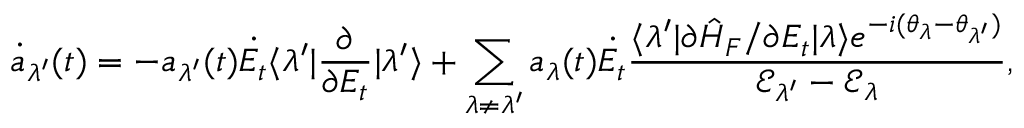
\dot { a } _ { \lambda ^ { \prime } } ( t ) = - a _ { \lambda ^ { \prime } } ( t ) \dot { E _ { t } } \langle \lambda ^ { \prime } | \frac { \partial } { \partial E _ { t } } | \lambda ^ { \prime } \rangle + \sum _ { \lambda \neq \lambda ^ { \prime } } a _ { \lambda } ( t ) \dot { E _ { t } } \frac { \langle \lambda ^ { \prime } | \partial \hat { H } _ { F } / \partial E _ { t } | \lambda \rangle e ^ { - i ( \theta _ { \lambda } - \theta _ { \lambda ^ { \prime } } ) } } { \mathcal { E } _ { \lambda ^ { \prime } } - \mathcal { E } _ { \lambda } } ,